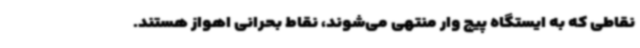
نقاطی که به ایستگاه پیچ وار منتهی می‌شوند، نقاط بحرانی اهواز هستند.